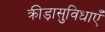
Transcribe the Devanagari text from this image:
क्रीड़ासुविधाएँ